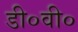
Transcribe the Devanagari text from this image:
डी०वी०